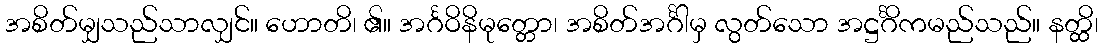
အစိတ်မျှသည်သာလျှင်။ ဟောတိ၊ ၏။ အင်္ဂဝိနိမုတ္တော၊ အစိတ်အင်္ဂါမှ လွတ်သော အဋ္ဌင်္ဂိကမည်သည်။ နတ္ထိ၊